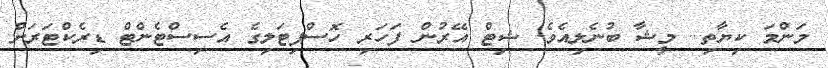
މަންމަ ކިޔާތި.. މީޝާ ބުނެލިއެވެ. ޝިޓް އޭރުން ފަހަރި ހޮސްޕިޓަލިގެ އެސިސްޓެންޓް ޑިރެކްޓަރަށް